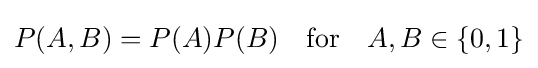
P(A,B)=P(A)P(B)\quad {\text{for}}\quad A,B\in \{0,1\}